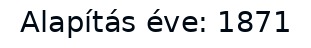
Alapítás éve: 1871